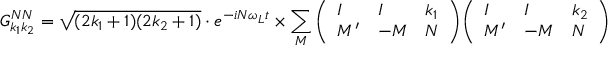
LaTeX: G _ { k _ { 1 } k _ { 2 } } ^ { N N } = { \sqrt { ( 2 k _ { 1 } + 1 ) ( 2 k _ { 2 } + 1 ) } } \cdot e ^ { - i N \omega _ { L } t } \times \sum _ { M } { \left( \begin{array} { l l l } { I } & { I } & { k _ { 1 } } \\ { M ^ { \prime } } & { - M } & { N } \end{array} \right) } { \left( \begin{array} { l l l } { I } & { I } & { k _ { 2 } } \\ { M ^ { \prime } } & { - M } & { N } \end{array} \right) }